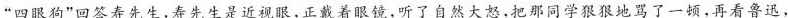
“四眼狗”回答寿先生,寿先生是近视眼,正戴着眼镜,听了自然大怒,把那同学狠狠地骂了一顿,再看鲁迅，